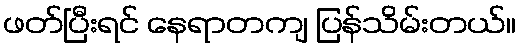
ဖတ်ပြီးရင် နေရာတကျ ပြန်သိမ်းတယ်။